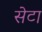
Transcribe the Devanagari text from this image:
सेटा